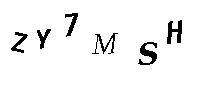
ZY7MSH